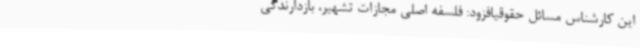
این کارشناس مسائل حقوقیافزود: فلسفه اصلی مجازات تشهیر، بازدارندگی